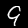
Label: 9